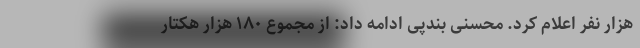
هزار نفر اعلام کرد. محسنی بندپی ادامه داد: از مجموع ۱۸۰ هزار هکتار